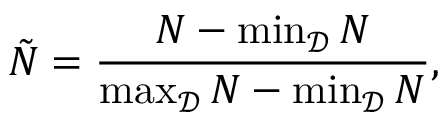
\tilde { N } = \frac { N - \operatorname* { m i n } _ { \mathcal { D } } { N } } { \operatorname* { m a x } _ { \mathcal { D } } { N } - \operatorname* { m i n } _ { \mathcal { D } } { N } } ,